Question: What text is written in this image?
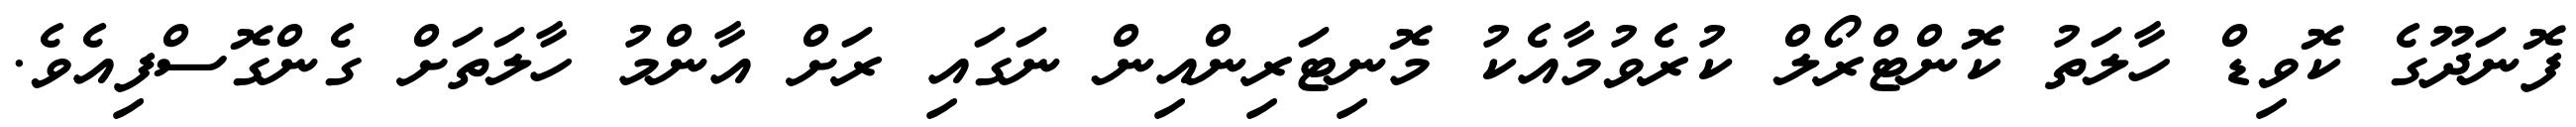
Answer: ފޮނަދޫގެ ކޮވިޑް ހާލަތު ކޮންޓްރޯލް ކުރެވުމާއެކު މޮނިޓަރިންއިން ނަގައި ރަށް އާންމު ހާލަތަށް ގެންގޮސްފިއެވެ.